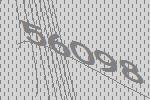
56098